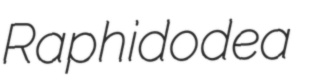
Raphidodea